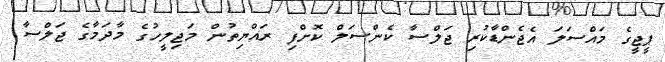
ޕީޖީގެ މައްސަލަ އެޖެންޑާކުރި ޖަލްސާ ކެންސަލް ކޮށްފި ރައްޔިތުން މަޖިލީހުގެ މާދަމާގެ ޖަލްސާ